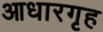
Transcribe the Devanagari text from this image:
आधारगृह